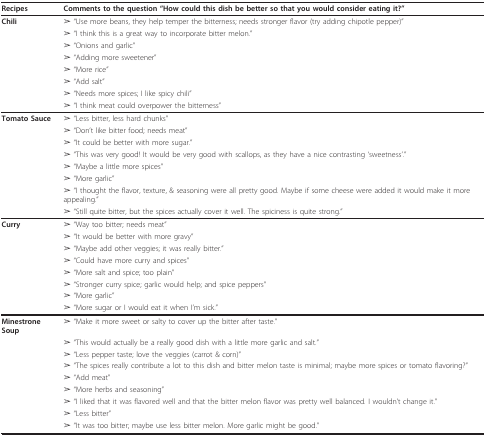
| Recipes | Comments to the question "How could this dish be better so that you would consider eating it?" |
 | --- | --- |
 | Chili | ➢ "Use more beans, they help temper the bitterness; needs stronger flavor (try adding chipotle pepper)" |
 |  | ➢ "I think this is a great way to incorporate bitter melon." |
 |  | ➢ "Onions and garlic" |
 |  | ➢ "Adding more sweetener" |
 |  | ➢ "More rice" |
 |  | ➢ "Add salt" |
 |  | ➢ "Needs more spices; I like spicy chili" |
 |  | ➢ "I think meat could overpower the bitterness" |
 | Tomato Sauce | ➢ "Less bitter, less hard chunks" |
 |  | ➢ "Don't like bitter food; needs meat" |
 |  | ➢ "It could be better with more sugar." |
 |  | ➢ "This was very good! It would be very good with scallops, as they have a nice contrasting 'sweetness'." |
 |  | ➢ "Maybe a little more spices" |
 |  | ➢ "More garlic" |
 |  | ➢ "I thought the flavor, texture, & seasoning were all pretty good. Maybe if some cheese were added it would make it more appealing." |
 |  | ➢ "Still quite bitter, but the spices actually cover it well. The spiciness is quite strong." |
 | Curry | ➢ "Way too bitter; needs meat" |
 |  | ➢ "It would be better with more gravy" |
 |  | ➢ "Maybe add other veggies; it was really bitter." |
 |  | ➢ "Could have more curry and spices" |
 |  | ➢ "More salt and spice; too plain" |
 |  | ➢ "Stronger curry spice; garlic would help; and spice peppers" |
 |  | ➢ "More garlic" |
 |  | ➢ "More sugar or I would eat it when I'm sick." |
 | Minestrone Soup | ➢ "Make it more sweet or salty to cover up the bitter after taste." |
 |  | ➢ "This would actually be a really good dish with a little more garlic and salt." |
 |  | ➢ "Less pepper taste; love the veggies (carrot & corn)" |
 |  | ➢ "The spices really contribute a lot to this dish and bitter melon taste is minimal; maybe more spices or tomato flavoring?" |
 |  | ➢ "Add meat" |
 |  | ➢ "More herbs and seasoning" |
 |  | ➢ "I liked that it was flavored well and that the bitter melon flavor was pretty well balanced. I wouldn't change it." |
 |  | ➢ "Less bitter" |
 |  | ➢ "It was too bitter; maybe use less bitter melon. More garlic might be good." |